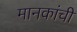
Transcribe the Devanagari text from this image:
मानकांची